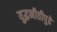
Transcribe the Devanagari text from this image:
युद्धनीतीपुढे